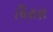
ધિરાણ